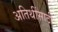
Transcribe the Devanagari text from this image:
अतिथींसाठी